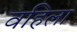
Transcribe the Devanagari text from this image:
वहिला